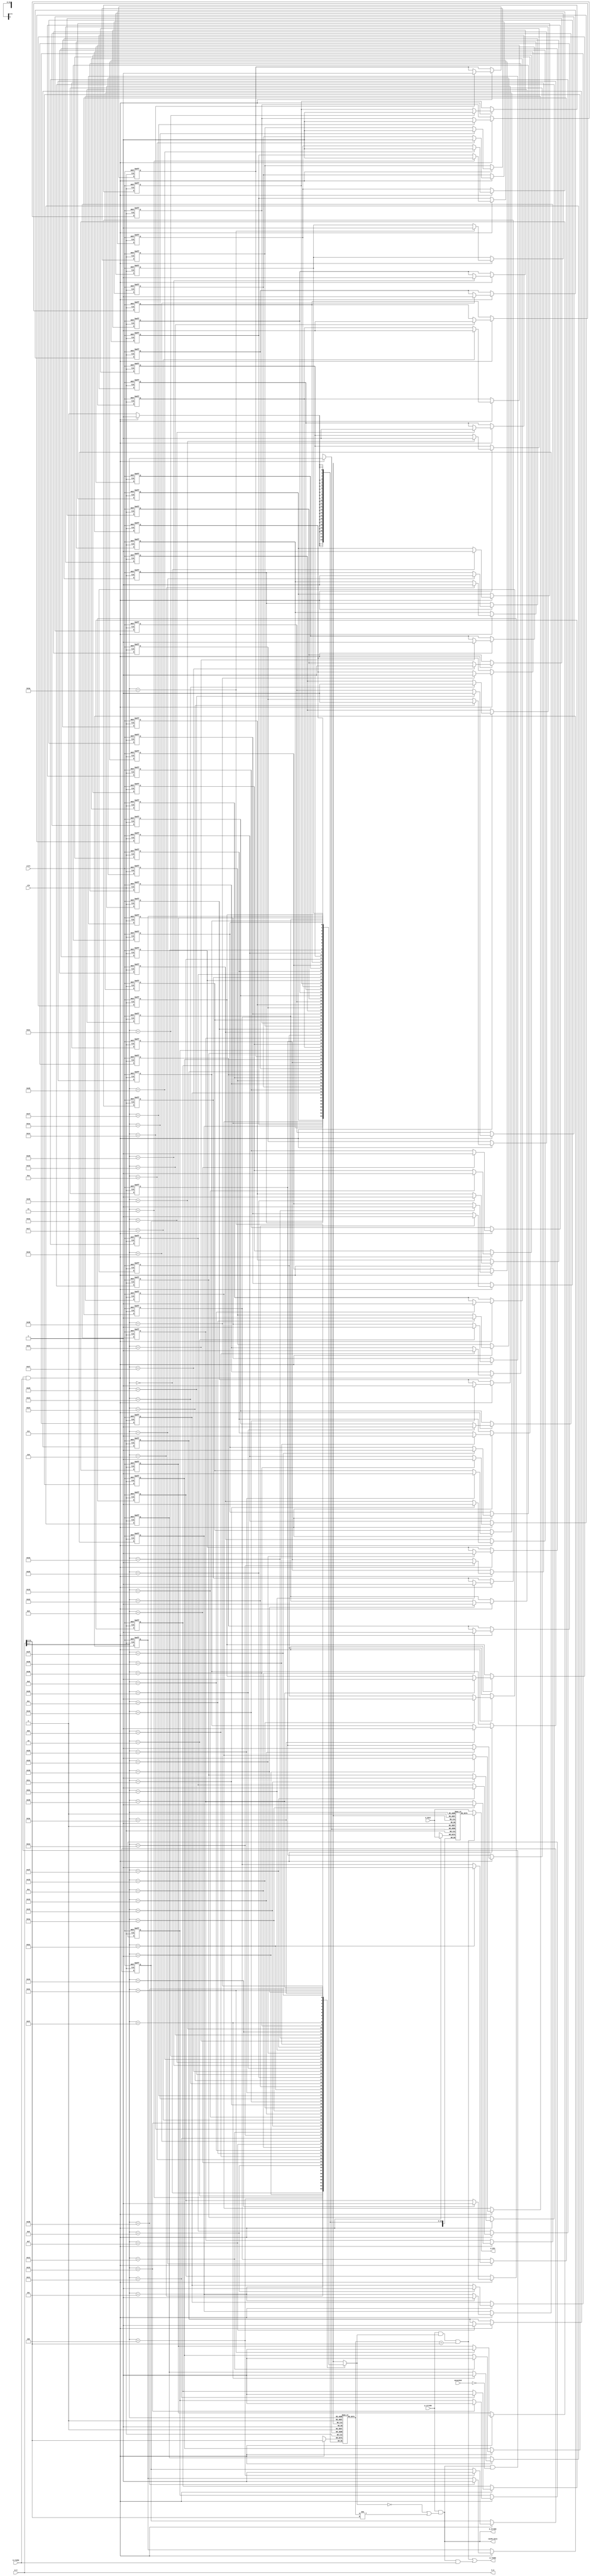
`timescale 1ns / 1ps
//////////////////////////////////////////////////////////////////////////////////
// Company: 
// Engineer: 
// 
// Design Name: 
// Module Name:    i_cache 
// Project Name: 
// Target Devices: 
// Tool versions: 
// Description: 
//
// Dependencies: 
//
// Revision: 
// Revision 0.01 - File Created
// Additional Comments: 
//
module i_cache ( // direct mapping, 2 ^ 6 blocks, 1 word/block
	input [31:0] p_a, // cpu address
	output [31:0] p_din, // cpu data from mem
	input p_strobe, // cpu strobe
	input uncached, // uncached
	output p_ready, // ready (to cpu)
	output cache_miss, // cache miss
	input clk, clrn, // clock and reset
	output [31:0] m_a, // mem address
	input [31:0] m_dout, // mem data out to cpu
	output m_strobe, // mem strobe
	input m_ready // mem ready
);
	reg d_valid [0:63]; // 1-bit valid
	reg [23:0] d_tags [0:63]; // 24-bit tag
	reg [31:0] d_data [0:63]; // 32-bit data
	wire [5:0] index = p_a[7:2]; // block index
	wire [23:0] tag = p_a[31:8]; // address tag
	wire c_write; // cache write
	wire [31:0] c_din; // data to cache
	integer i;
	always @ (posedge clk or negedge clrn)
		if (!clrn) 
			begin
				for (i=0; i<64; i=i+1)
					d_valid[i] <= 0; // cleat valid
			end else if (c_write)
			d_valid[index] <= 1; // write valid
	always @ (posedge clk)
		if (c_write) begin
			d_tags[index] <= tag; // write address tag
			d_data[index] <= c_din; // write data
		end
	wire valid = d_valid[index]; // read cache valid
	wire [23:0] tagout = d_tags[index]; // read cache tag
	wire [31:0] c_dout = d_data[index]; // read cache data
	wire cache_hit = p_strobe & valid & (tagout == tag); // cache hit
	assign cache_miss = p_strobe & (!valid | (tagout != tag)); // cache miss
	assign m_a = p_a; // mem <-- cpu address
	assign m_strobe = cache_miss ; // read on miss
	assign p_ready = cache_hit | cache_miss & m_ready; // data ready
	assign c_write = cache_miss & ~uncached & m_ready; // write cache
	assign c_din = m_dout; // data from mem
	assign p_din = cache_hit? c_dout : m_dout; // data from cache or mem
endmodule